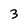
Character: 3